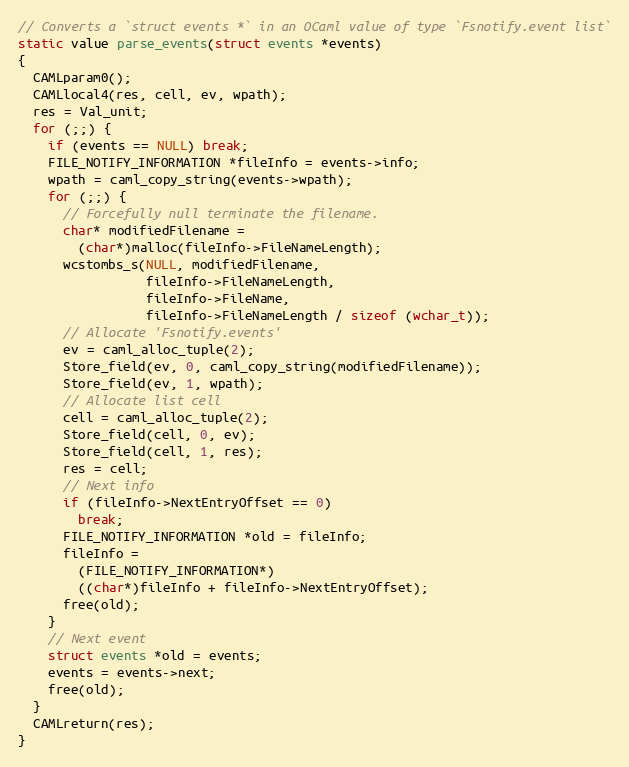
Language: C
// Converts a `struct events *` in an OCaml value of type `Fsnotify.event list`
static value parse_events(struct events *events)
{
  CAMLparam0();
  CAMLlocal4(res, cell, ev, wpath);
  res = Val_unit;
  for (;;) {
    if (events == NULL) break;
    FILE_NOTIFY_INFORMATION *fileInfo = events->info;
    wpath = caml_copy_string(events->wpath);
    for (;;) {
      // Forcefully null terminate the filename.
      char* modifiedFilename =
        (char*)malloc(fileInfo->FileNameLength);
      wcstombs_s(NULL, modifiedFilename,
                 fileInfo->FileNameLength,
                 fileInfo->FileName,
                 fileInfo->FileNameLength / sizeof (wchar_t));
      // Allocate 'Fsnotify.events'
      ev = caml_alloc_tuple(2);
      Store_field(ev, 0, caml_copy_string(modifiedFilename));
      Store_field(ev, 1, wpath);
      // Allocate list cell
      cell = caml_alloc_tuple(2);
      Store_field(cell, 0, ev);
      Store_field(cell, 1, res);
      res = cell;
      // Next info
      if (fileInfo->NextEntryOffset == 0)
        break;
      FILE_NOTIFY_INFORMATION *old = fileInfo;
      fileInfo =
        (FILE_NOTIFY_INFORMATION*)
        ((char*)fileInfo + fileInfo->NextEntryOffset);
      free(old);
    }
    // Next event
    struct events *old = events;
    events = events->next;
    free(old);
  }
  CAMLreturn(res);
}